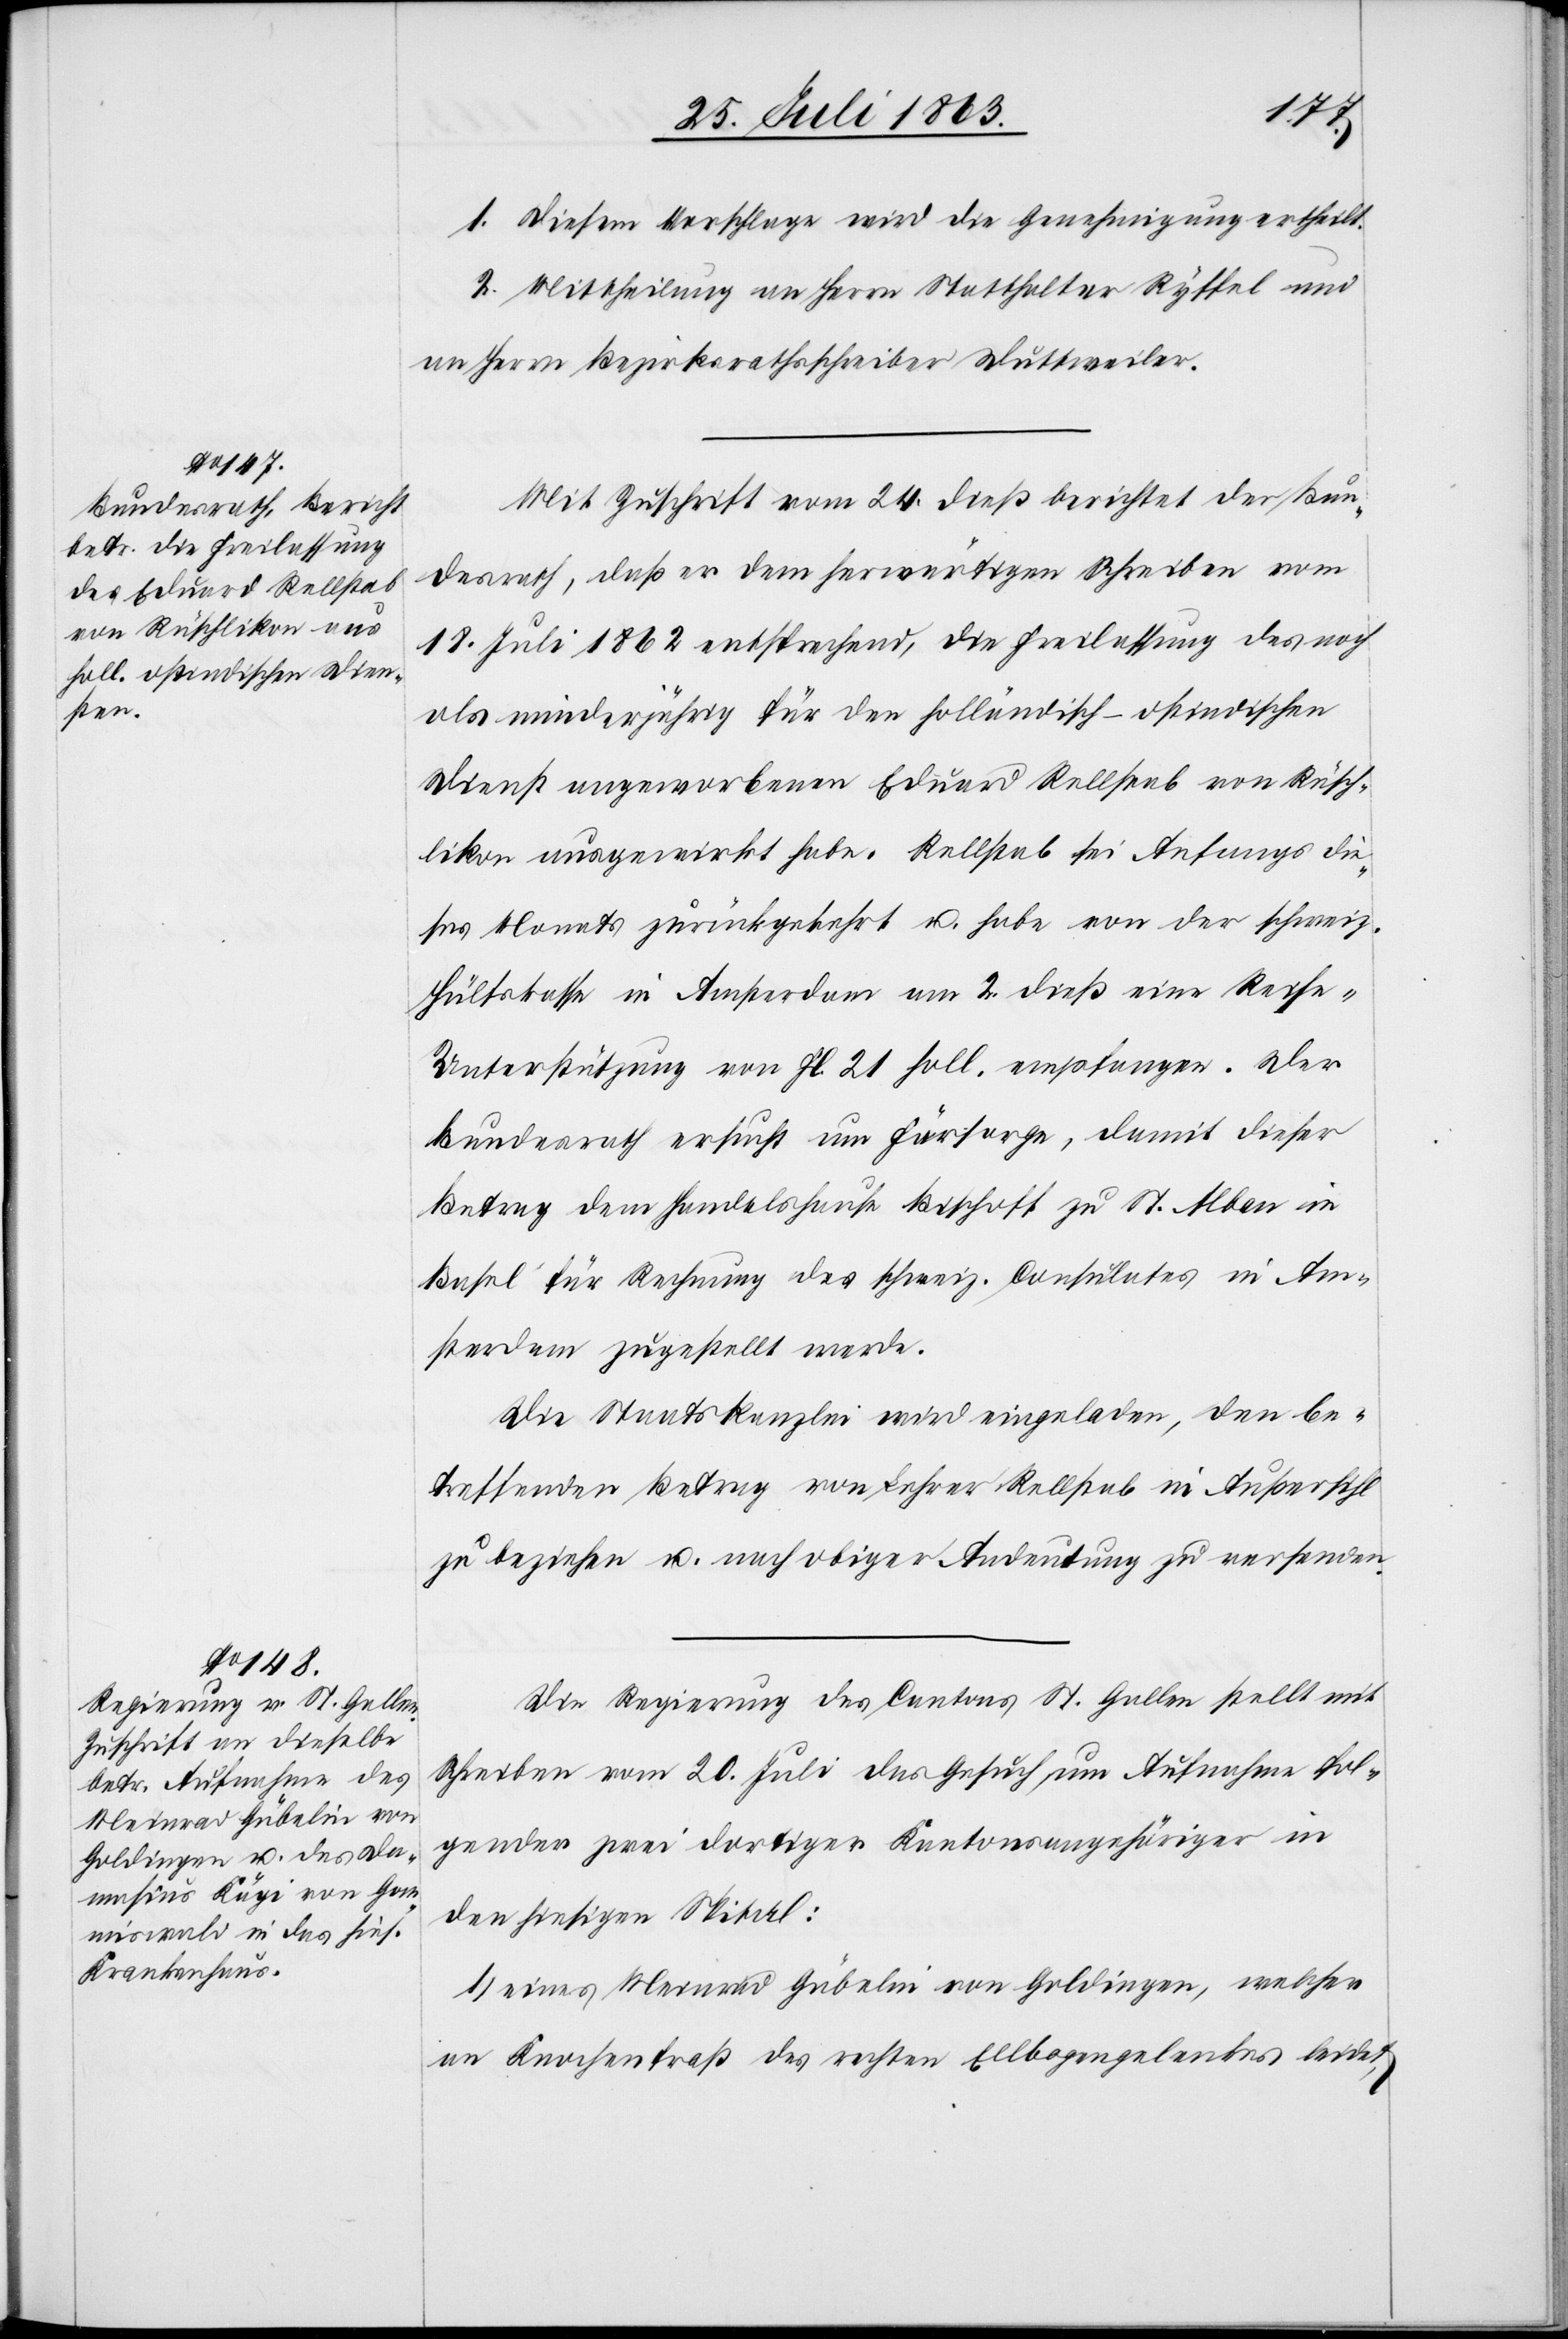
27. Juli 1863.]
1. Diesem Vorschlage wird die Genehmigung ertheilt.
2. Mittheilung an Herrn Statthalter Ryffel und
an Herrn Bezirksrathsschreiber Duttweiler.
Mit Zuschrift vom 24. dieß berichtet der Bun¬
desrath, daß er dem herwärtigen Schreiben vom
18. Juli 1862 entsprechend, die Freilassung des noch
als minderjährig für den holländisch-ostindischen
Dienst angeworbenen Eduard Rellstab von Rüsch¬
likon ausgewirkt habe. Rellstab sei Anfangs die¬
ses Monats zurückgekehrt u. habe von der schweiz.
Hülfskassa in Amsterdam am 2. dieß eine Reise-U¬
nterstützung von fl. 21 holl. empfangen. Der
Bundesrath ersucht um Fürsorge, damit dieser
Betrag dem Handelshause Bischoff zu St. Alban in
Basel für Rechnung des schweiz. Consulates in Am¬
sterdam zugestellt werde.
Die Staatskanzlei wird eingeladen, den be¬
treffenden Betrag von Lehrer Rellstab in Außersihl
zu beziehen u. nach obiger Andeutung zu versenden.
Die Regierung des Cantons St. Gallen stellt mit
Schreiben vom 20. Juli das Gesuch um Aufnahme fol¬
gender zwei dortiger Kantonsangehöriger in
den hiesigen Spital:
1.) eines Meinrad Gübelin von Goldingen, welcher
an Knochenfraß des rechten Ellbogengelenkes leidet,